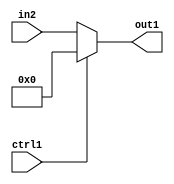
`timescale 1ps / 1ps
/*****************************************************************************
    Verilog RTL Description
    
    
    Created by: Stratus DpOpt 21.05.01 
*******************************************************************************/

module dut_N_Mux_4_2_48_4 (
	in2,
	ctrl1,
	out1
	); /* architecture "behavioural" */ 
input [3:0] in2;
input  ctrl1;
output [3:0] out1;
wire [3:0] asc001;

reg [3:0] asc001_tmp_0;
assign asc001 = asc001_tmp_0;
always @ (ctrl1 or in2) begin
	case (ctrl1)
		1'B1 : asc001_tmp_0 = 4'B0000 ;
		default : asc001_tmp_0 = in2 ;
	endcase
end

assign out1 = asc001;
endmodule

/* CADENCE  uLPxTw0= : u9/ySxbfrwZIxEzHVQQV8Q== ** DO NOT EDIT THIS LINE ******/